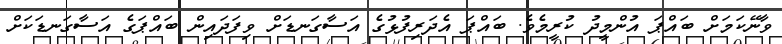
ވާނޭކަމަށް ބައްޕަ އުންމީދު ކުރީމެވެ. ބައްޕަ އެދަރިފުޅުގެ އަސާގަނޑަށް ވިފަދައިން ބައްޕަގެ އަސާގަނޑަކަށް